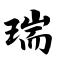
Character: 瑞